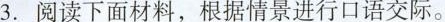
3.阅读下面材料，根据情景进行口语交际。